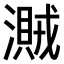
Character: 𣿐